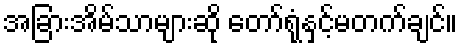
အခြားအိမ်သာများဆို တော်ရုံနှင့်မတက်ချင်။